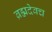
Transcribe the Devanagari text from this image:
ब्रह्मदेवच